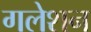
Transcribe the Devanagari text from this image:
गलेशन